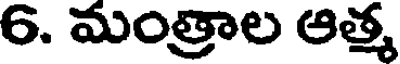
6. మంత్రాల ఆత్మ